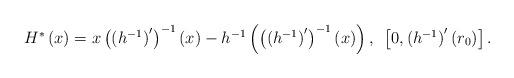
LaTeX: \begin{align*}\begin{array}{c}H^{\ast }\left( x\right) =x\left( \left( h^{-1}\right) ^{\prime }\right)^{-1}\left( x\right) -h^{-1}\left( \left( \left( h^{-1}\right) ^{\prime}\right) ^{-1}\left( x\right) \right) ,~\left[ 0,\left(h^{-1}\right) ^{\prime }\left( r_{0}\right) \right] .\end{array}\end{align*}